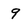
Character: 9